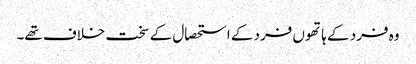
وہ فرد کے ہاتھوں فرد کے استحصال کے سخت خلاف تھے۔